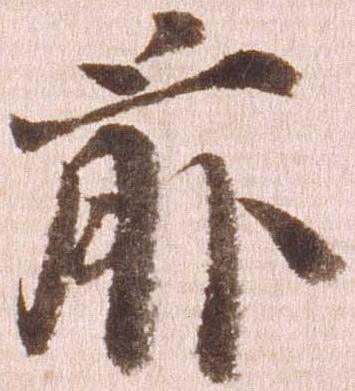
前